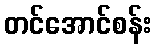
တင်အောင်စန်း